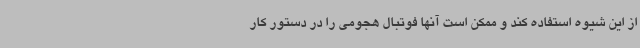
از این شیوه استفاده کند و ممکن است آنها فوتبال هجومی را در دستور کار